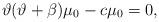
LaTeX: \begin{gather*}\vartheta ( \vartheta+\beta ) \mu_{0}-c\mu_{0}=0,\end{gather*}